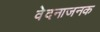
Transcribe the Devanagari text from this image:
वेदनाजनक